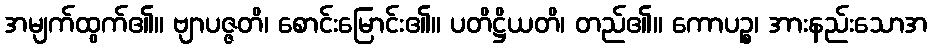
အမျက်ထွက်၏။ ဗျာပဇ္ဇတိ၊ စောင်းမြောင်း၏။ ပတိဋ္ဌိယတိ၊ တည်၏။ ကောပဉ္စ၊ အားနည်းသောအ